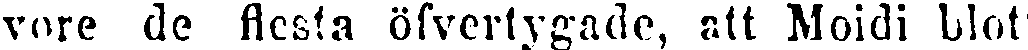
vore de flesta öfvertygade, att Moidi blot